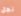
نجل